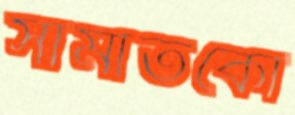
সামাতকো